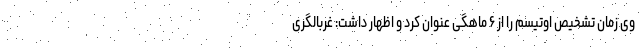
وی زمان تشخیص اوتیسم را از ۶ ماهگی عنوان کرد و اظهار داشت: غربالگری